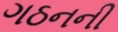
ગઠનની